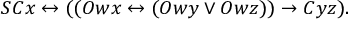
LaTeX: S C x \leftrightarrow ( ( O w x \leftrightarrow ( O w y \lor O w z ) ) \rightarrow C y z ) .